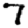
Digit: 7